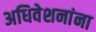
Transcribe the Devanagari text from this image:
अधिवेशनांना